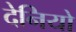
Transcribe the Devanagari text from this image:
देनियो